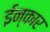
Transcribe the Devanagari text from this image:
ईन्कार